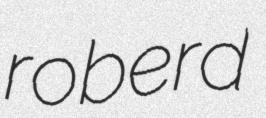
roberd